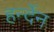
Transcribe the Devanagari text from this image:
हर्न्देन